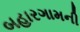
બહારગામની